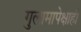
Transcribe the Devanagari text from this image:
गुलामापेक्षाही